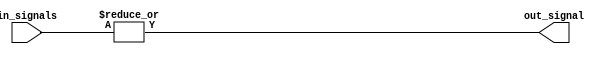
module eight_input_or_gate (
    input [7:0] in_signals,
    output out_signal
);

assign out_signal = |in_signals;

endmodule